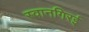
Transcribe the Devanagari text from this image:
स्वानगिरई